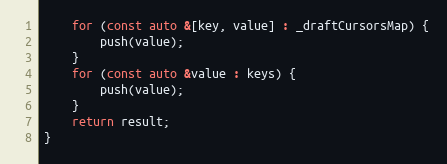
Language: C++
	for (const auto &[key, value] : _draftCursorsMap) {
		push(value);
	}
	for (const auto &value : keys) {
		push(value);
	}
	return result;
}